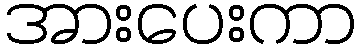
အားပေးကာ